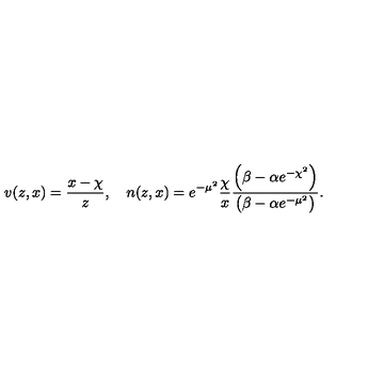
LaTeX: v ( z , x ) = \frac { x - \chi } { z } , \quad n ( z , x ) = e ^ { - \mu ^ { 2 } } \frac { \chi } { x } \frac { \left( \beta - \alpha e ^ { - \chi ^ { 2 } } \right) } { \left( \beta - \alpha e ^ { - \mu ^ { 2 } } \right) } .